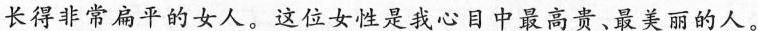
长得非常扁平的女人。这位女性是我心目中最高贵、最美丽的人。